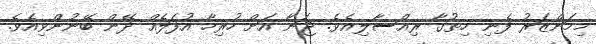
މިމަންޒަރު ފެނި ހިތުގާ ރިއްސާލިއެވެ. ޖަނާ އަށް ހުރިހާ އުފަލެއް ދޭން ބޭނުންވިއެވެ.